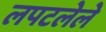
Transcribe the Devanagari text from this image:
लपटलेले